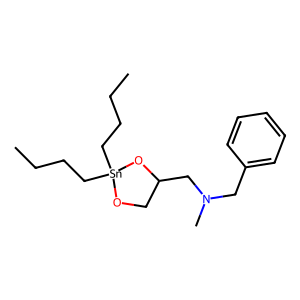
SMILES: CCCC[Sn]1(CCCC)OCC(CN(C)Cc2ccccc2)O1
Inhibits HIV replication: No